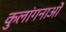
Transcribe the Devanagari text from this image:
कुलांगनाओं